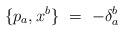
LaTeX: \begin{align*}\{ p_{a} , x^{b} \} \ = \ -\delta^{b}_{a}\end{align*}